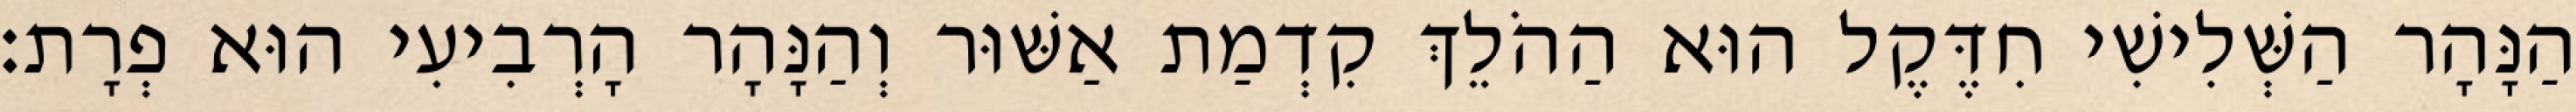
הַנָּהָר הַשְּׁלִישִׁי חִדֶּקֶל הוּא הַהֹלֵךְ קִדְמַת אַשּׁוּר וְהַנָּהָר הָרְבִיעִי הוּא פְרָת׃